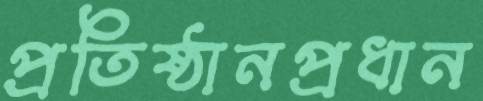
প্রতিষ্ঠানপ্রধান